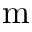
\mathrm { m }